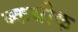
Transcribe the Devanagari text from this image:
ब्कबीक